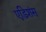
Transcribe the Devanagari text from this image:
एडिशंस